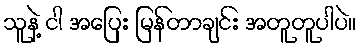
သူနဲ့ ငါ အပြေး မြန်တာချင်း အတူတူပါပဲ။